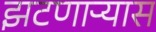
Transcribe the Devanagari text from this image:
झटणाऱ्यास